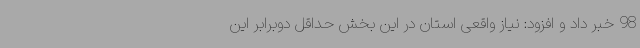
98 خبر داد و افزود: نیاز واقعی استان در این بخش حداقل دوبرابر این